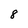
Character: 8